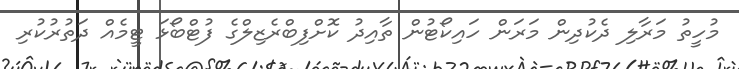
މުހީތު މަރާލި ދެކުދިން މަރަން ހައިކޯޓުން ތާއިދު ކޮށްފިބްރެޒިލްގެ ފުޓްބޯޅަ ޓީމެއް ދަތުރުކުރި